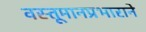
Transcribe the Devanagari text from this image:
वस्तूमानप्रभाराने